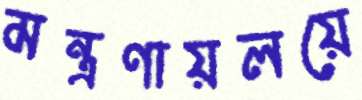
মন্ত্রণায়লয়ে